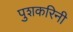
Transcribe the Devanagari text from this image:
पुशकरिनी